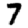
Digit: 7